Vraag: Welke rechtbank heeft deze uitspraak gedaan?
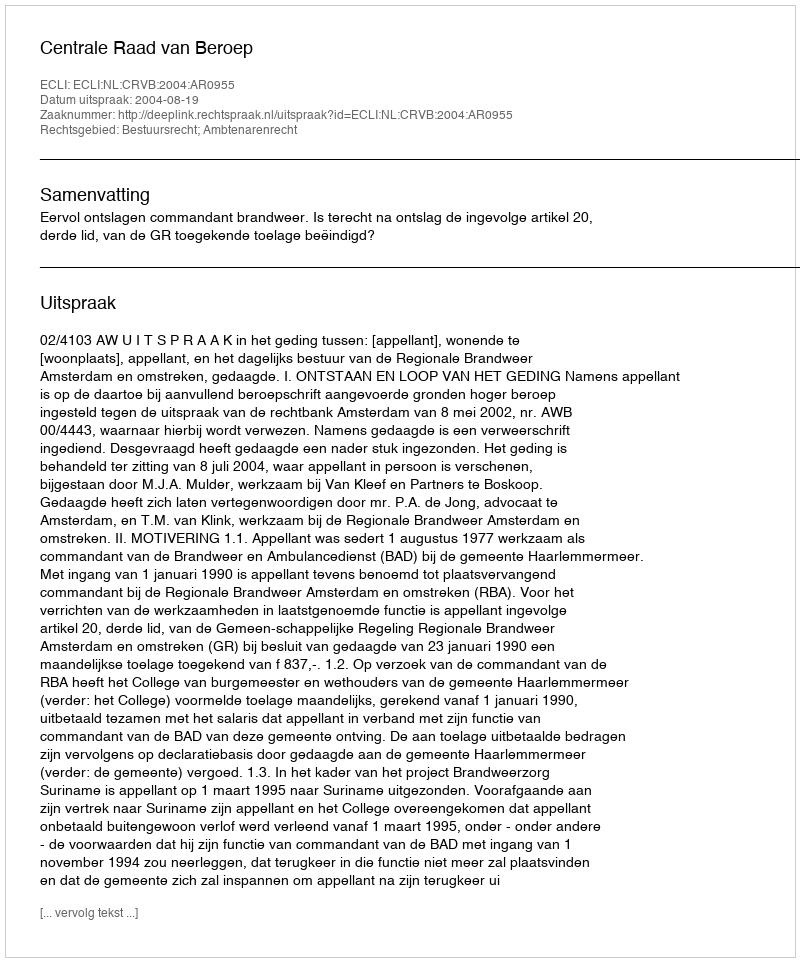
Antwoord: Centrale Raad van Beroep